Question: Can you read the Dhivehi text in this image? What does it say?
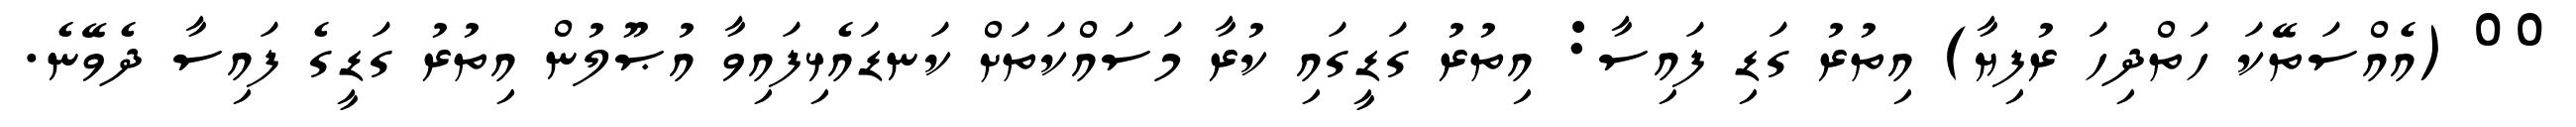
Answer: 00 (އެއްސަތޭކަ ހަތްދިހަ ރުފިޔާ) އިތުރު ގަޑި ފައިސާ: އިތުރު ގަޑީގައި ކުރާ މަސައްކަތަށް ކަނޑައެޅިފައިވާ އުޞޫލުން އިތުރު ގަޑީގެ ފައިސާ ދެވޭނެ.